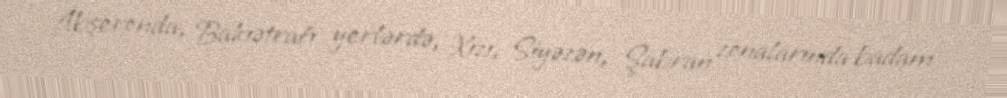
Abşeronda, Bakıətrafı yerlərdə, Xızı, Siyəzən, Şabran zonalarında badam